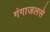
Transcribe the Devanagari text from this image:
गंगाजलसे